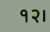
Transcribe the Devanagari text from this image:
१२।